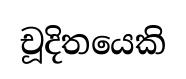
චූදිතයෙකි